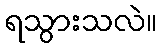
ရသွားသလဲ။